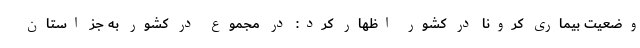
وضعیت بیماری کرونا در کشور اظهار کرد: در مجموع در کشور به جز استان